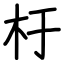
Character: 杅